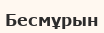
Бесмұрын